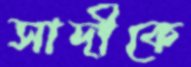
সাদীকে